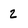
Character: 2